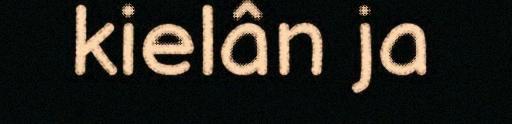
kielân ja